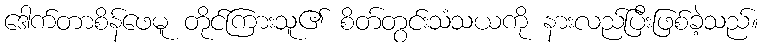
ဒေါက်တာစိန်ဖေမူ တိုင်ကြားသူ၏ စိတ်တွင်းသံသယကို နားလည်ပြီးဖြစ်ခဲ့သည်။